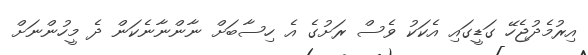
އިރުމެދުޖެހޭ ގަޑީގައި އެކަކު ވެސް ރަށުގެ އެ ހިސާބަށް ނާންނާނެކަން ދެ މީހުންނަށް